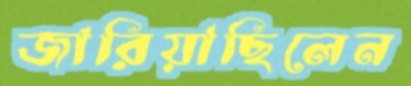
জারিয়াছিলেন